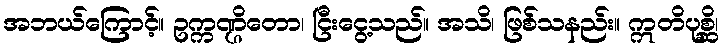
အဘယ်ကြောင့်။ ဥက္ကဏ္ဌိတော၊ ငြီးငွေ့သည်။ အသိ၊ ဖြစ်သနည်း။ ဣတိပုစ္ဆိ၊